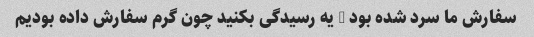
سفارش ما سرد شده بود … یه رسیدگی بکنید چون گرم سفارش داده بودیم